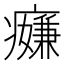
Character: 𱱪